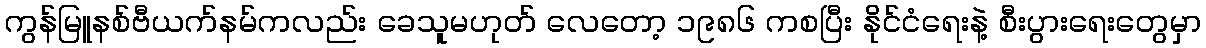
ကွန်မြူနစ်ဗီယက်နမ်ကလည်း ခေသူမဟုတ် လေတော့ ၁၉၈၆ ကစပြီး နိုင်ငံရေးနဲ့ စီးပွားရေးတွေမှာ